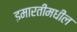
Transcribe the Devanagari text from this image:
इमारतीमधील